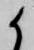
候